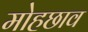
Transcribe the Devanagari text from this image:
मोहछाव